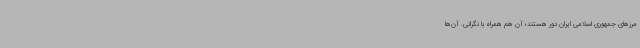
مرزهای جمهوری اسلامی ایران دور هستند؛ آن هم همراه با نگرانی. آن‌ها